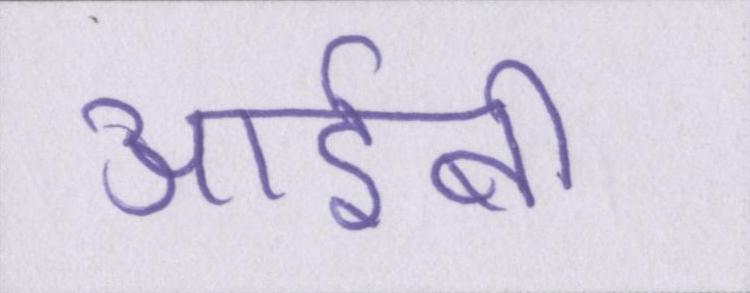
आईबी